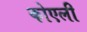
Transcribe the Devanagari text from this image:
कोएली